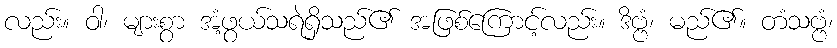
လည်း။ ဝါ၊ များစွာ အံ့ဖွယ်သရဲရှိသည်၏ အဖြစ်ကြောင့်လည်း။ ဒိဗ္ဗံ၊ မည်၏။ တံသဗ္ဗံ၊